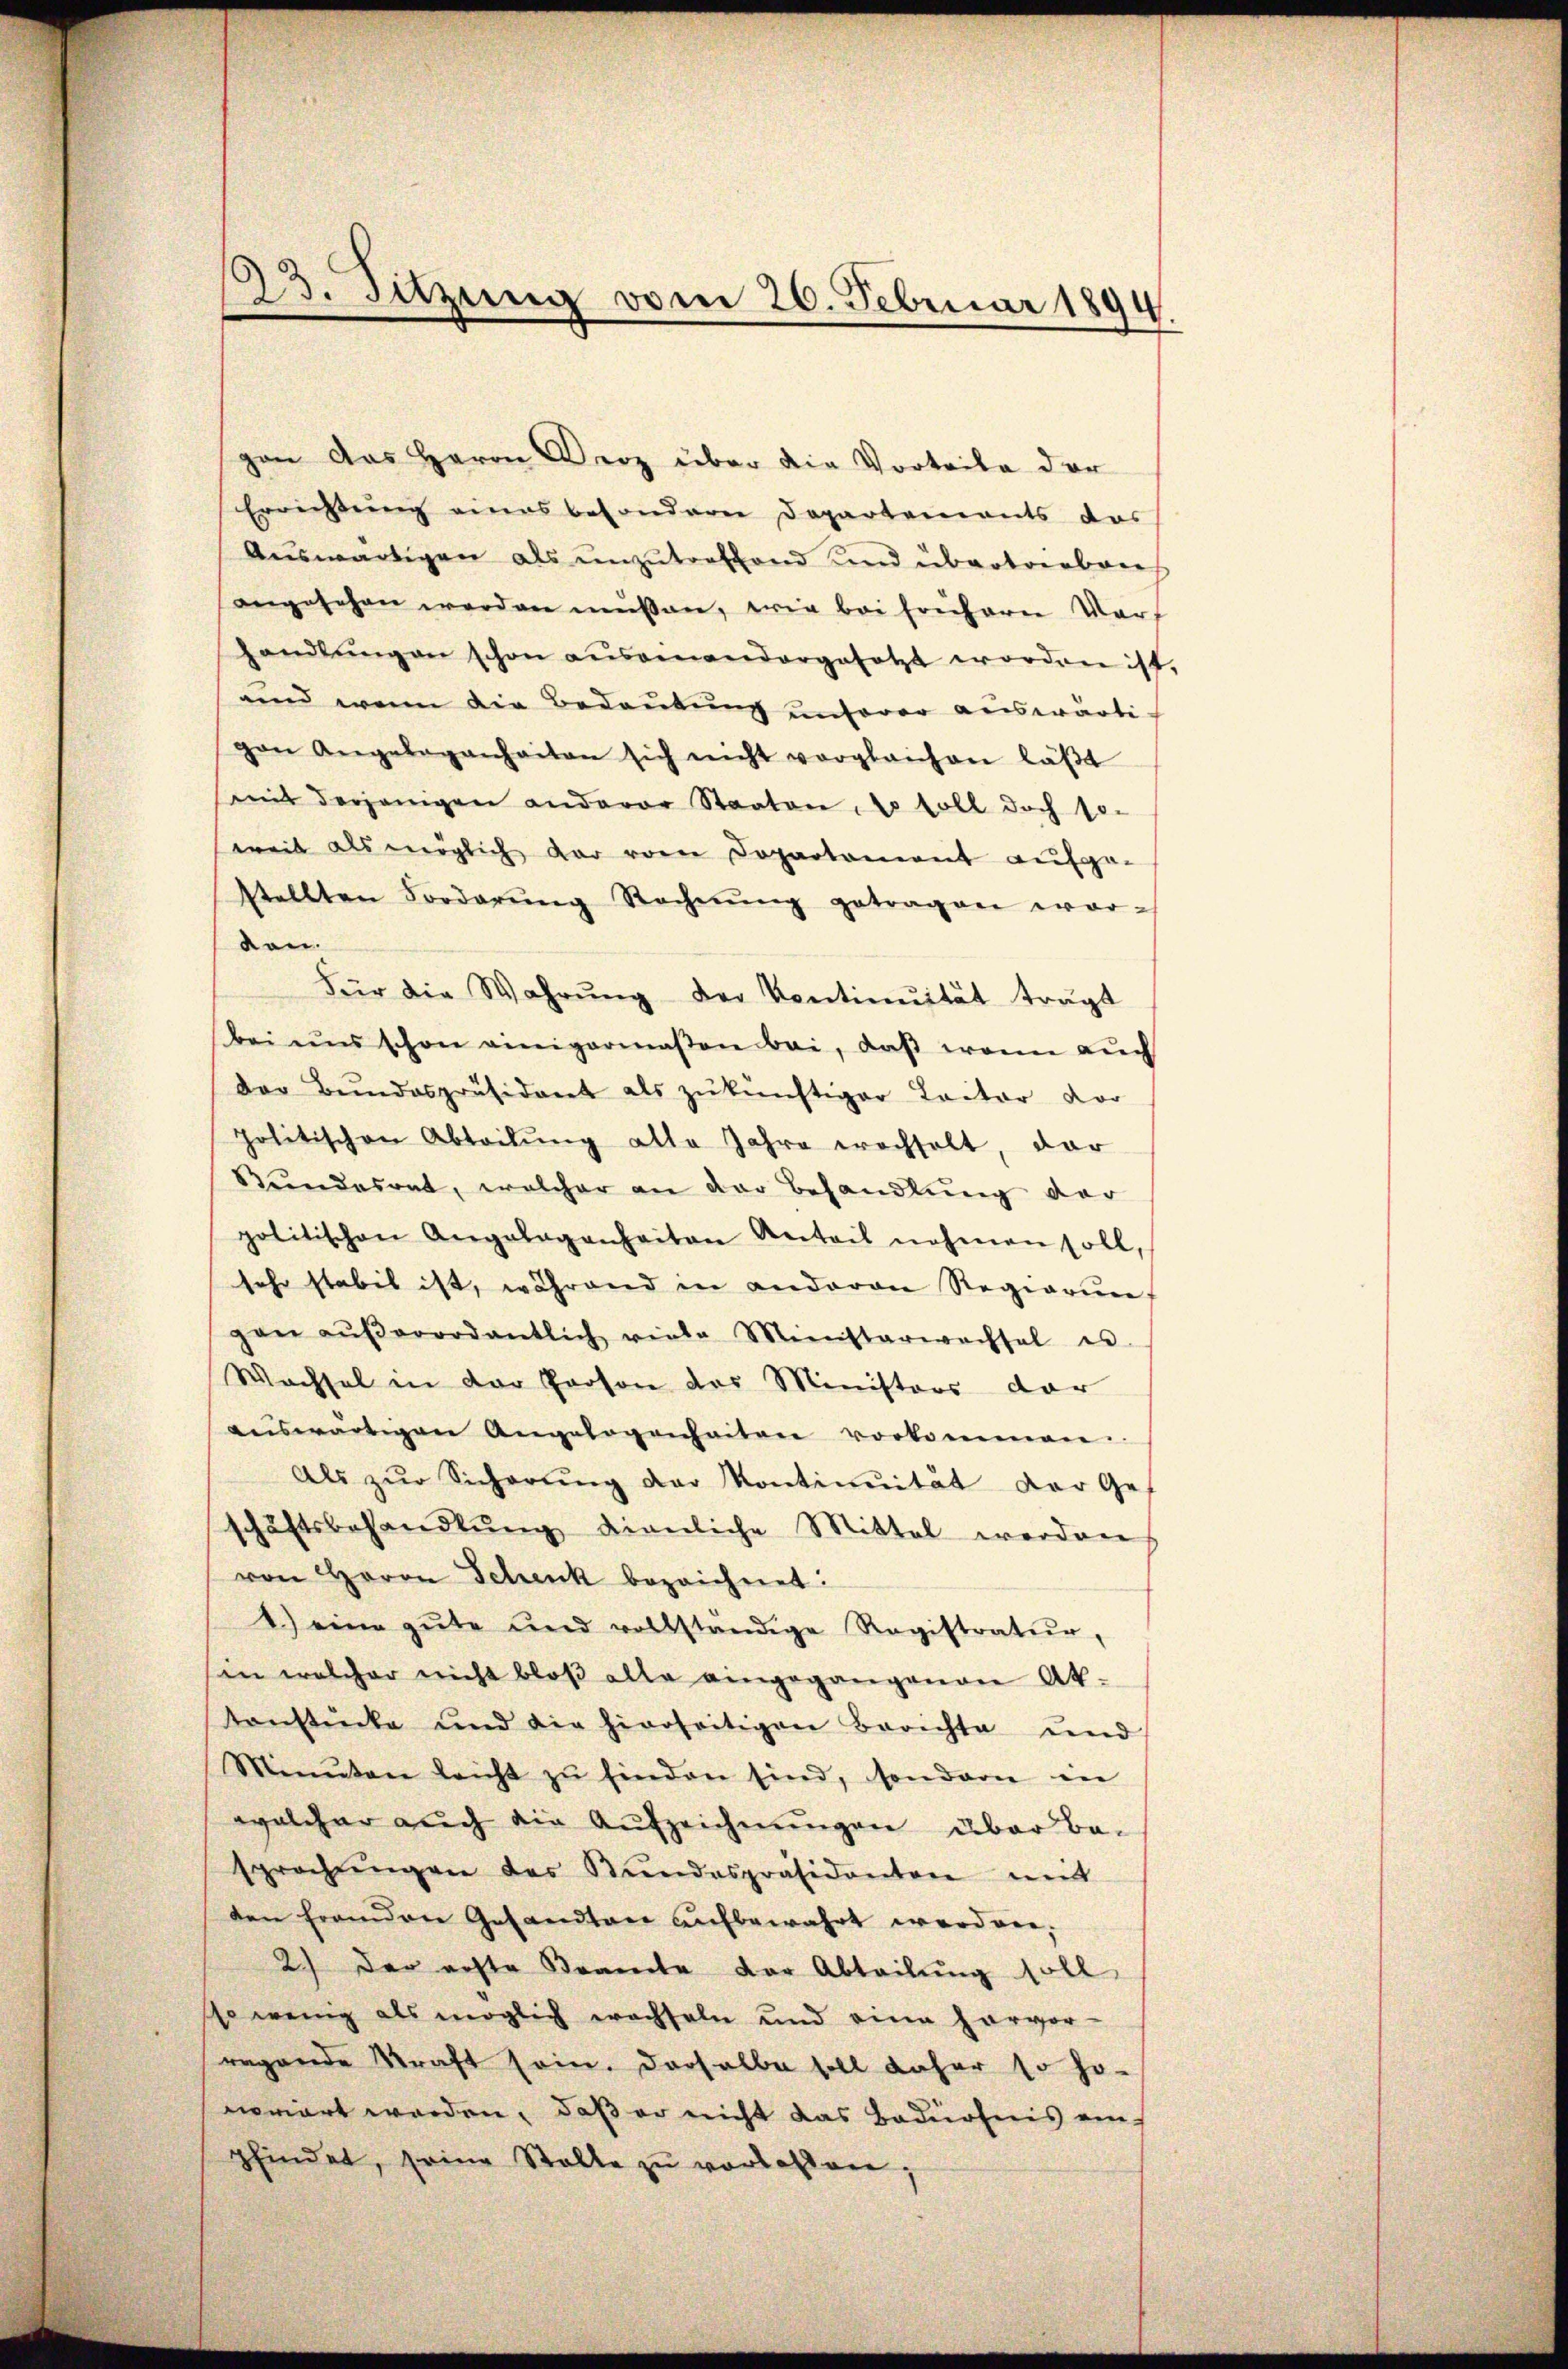
gen das Herrn Herz über die Vorteile der
Errichtung eines besondere Departements das
Aŭswärtigen als unzutreffend und übertrieben
angesehen werden müssen, wie bei frühere Verf
handlŭngen schon aŭsamandergesetzt worden ist.
und wenn die Bedeutung unserer auswärtig
gen Angelegenheiten sich nicht vergleichen läβt
mit derjenigen anderer Staaten, so soll doch so-
weil als möglich dar vom Departement aufge-
stellten Forderŭng Rechnŭng getragen wor-
den.
Für die Wahrŭng der Kontinuität trägt
bei uns schon einigermaßen bei, daß wenn auch
Der Bŭndespräsident als zŭ künftiger Leiter vor
politischen Abteilŭng alle Jahre wachselt, dar
Bundesrat, welcher an der Behandlung der
politischen Angabaganheiten Anteil nehmen soll,
sehr stabit ist, während in anderen Regierung
gen aŭβerordentlich viele Ministerwachsel es.
Wachsel in der Person des Ministers der
auswärtigen Angelegenheiten vorkommen.
Als zŭr Sicherŭng der Kontinität der Gef
schäftsbehandlŭng dienliche Mittel werden
von Herrn Schenk bezeichnet:
1.) eine gute und vollständige Registratur,
in welcher nicht bloβ alle eingegangenen Ak-
tanstücke und die hierseitigen Berichte und
Minuten leicht zŭ finden sind, sondern in
welcher auch die Aufzeichnungen über Be-
sprachŭngen des Stŭndespräsidentere mit
den franden Gesandten aufbewahrt werden.
2) der achte Brante der Abteilung soll,
so wenig als möglich wachseln und eine hervor-
ragende Straft sein. Derselbe soll daher so ho-
noriert werden, daß er nicht das Bedürfnis einpfindet, seine Stalle zŭ verlassen;

23. Sitzung vom 26. Februar 1894